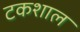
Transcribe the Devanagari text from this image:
टकशाल